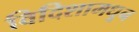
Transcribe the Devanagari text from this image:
विदिशामधून